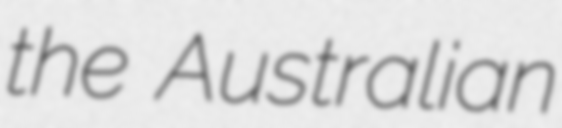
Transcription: the Australian